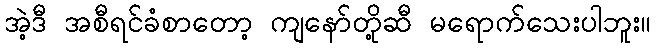
အဲ့ဒီ အစီရင်ခံစာတော့ ကျနော်တို့ဆီ မရောက်သေးပါဘူး။